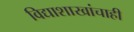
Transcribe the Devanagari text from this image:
विद्याशाखांचाही